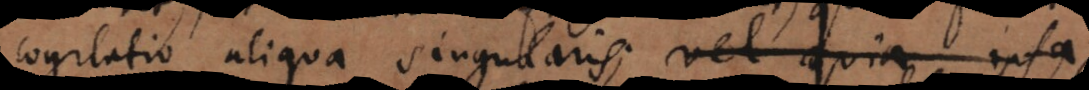
cogitatio aliqua singularis; vel quia ipsa